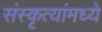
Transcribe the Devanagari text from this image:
संस्कृत्यांमध्ये